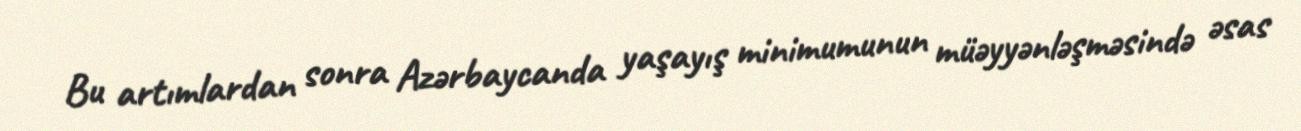
Bu artımlardan sonra Azərbaycanda yaşayış minimumunun müəyyənləşməsində əsas